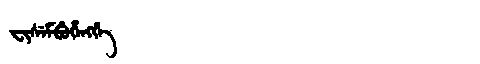
Manchu: ᠸᡳᠰᡝᠮᠪᡠᡥᡝᠩᡤᡝ
Romanization: FISEMBUHENGGE